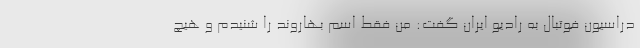
دراسیون فوتبال به رادیو ایران گفت: من فقط اسم بهاروند را شنیدم و هیچ